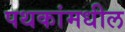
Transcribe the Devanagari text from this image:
पथकांमधील